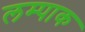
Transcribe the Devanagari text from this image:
लम्पाक